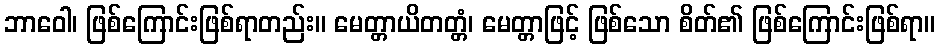
ဘာဝေါ၊ ဖြစ်ကြောင်းဖြစ်ရာတည်း။ မေတ္တာယိတတ္တံ၊ မေတ္တာဖြင့် ဖြစ်သော စိတ်၏ ဖြစ်ကြောင်းဖြစ်ရာ။